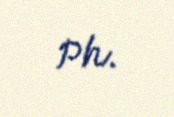
Ph.